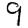
Digit: 9